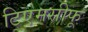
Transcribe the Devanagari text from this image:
टिएमसीफू